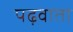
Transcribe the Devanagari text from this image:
पढ़वाता